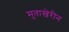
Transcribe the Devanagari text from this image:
मुताखेरीन